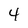
Character: 4